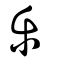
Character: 樂